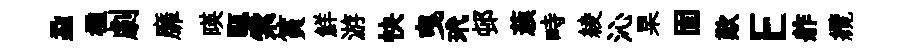
蝨楹劇靡暎甌索篔鮮游快曳玳邨蔟畤綾沁杲固歎E舴纜